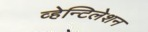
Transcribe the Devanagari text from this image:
व्हेन्टिलेशन